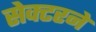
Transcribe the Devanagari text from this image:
सेक्टरने